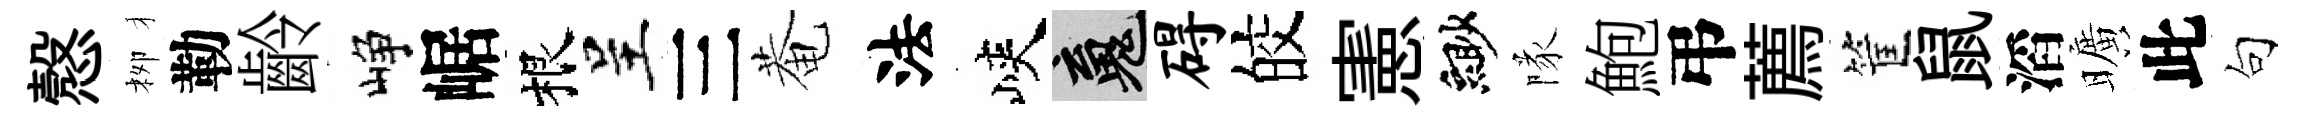
慤栁勒齡峥崌根呈三菴法峽魂碍皎憲緲隊鮑弔薦筐鼠滔曠此句